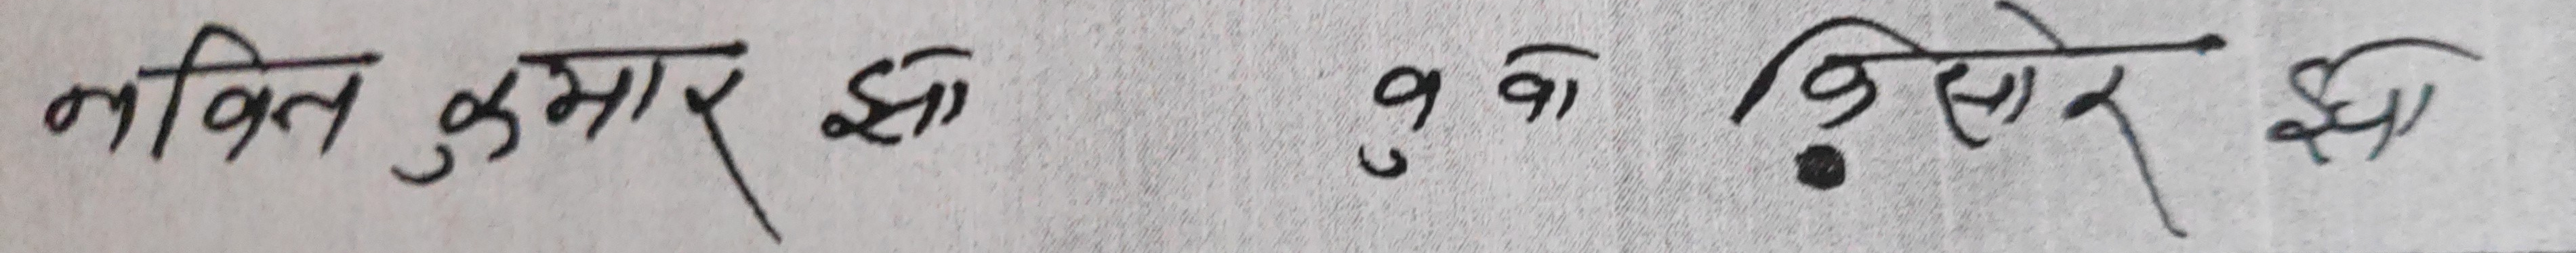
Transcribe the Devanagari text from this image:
नक्ति कुमार झा ९ वा किशोर झा